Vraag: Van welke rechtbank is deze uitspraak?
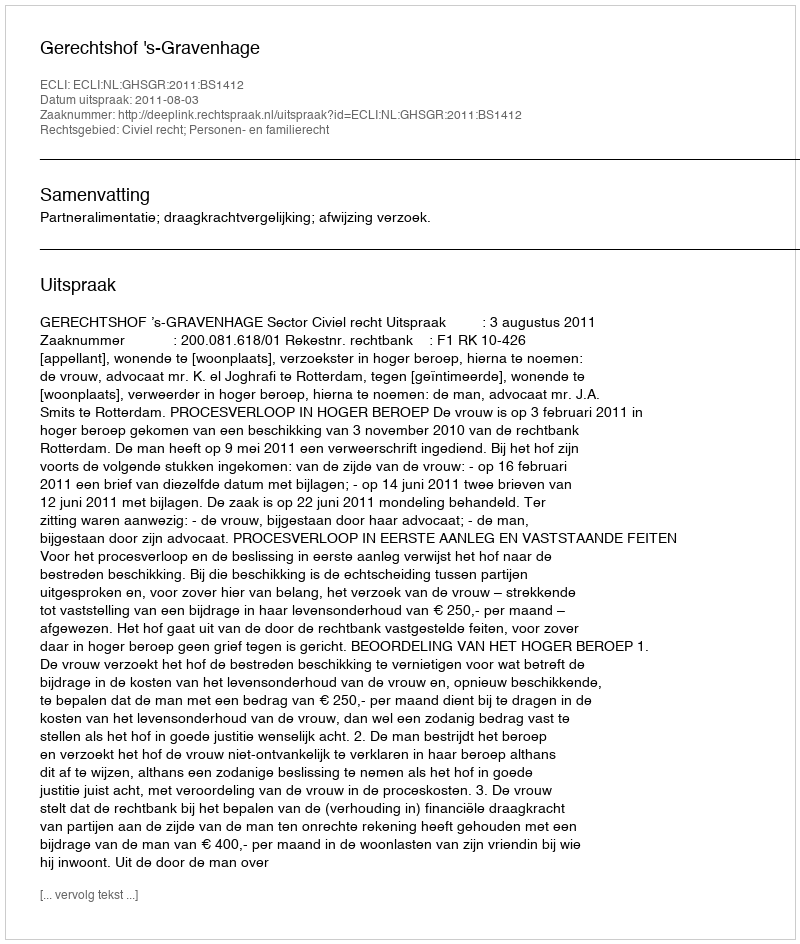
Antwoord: Gerechtshof 's-Gravenhage